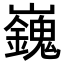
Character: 𡾾